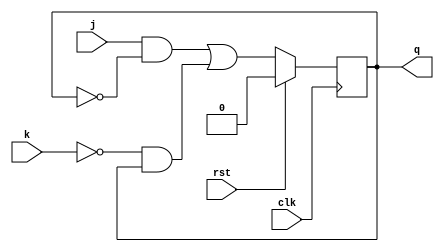
`timescale 1ns / 1ps
//////////////////////////////////////////////////////////////////////////////////

// ID          : N180116
//Branch       : ECE
//Project Name : RTL design using Verilog
//Design  Name : JK FLIPFLOP
//Module  Name : JK_FF
//RGUKT NUZVID 
//////////////////////////////////////////////////////////////////////////////////


module JK_FF(clk,rst,j,k,q);
input clk,rst,j,k;
output reg q;

always@(posedge clk) begin
    if(rst)
        q=0;
    else
        q<=(j&(~q))|((~k)&q);
end
endmodule